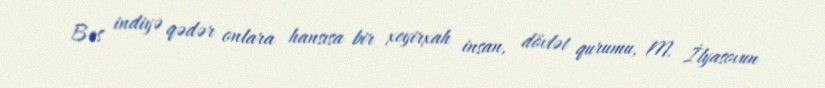
Bəs indiyə qədər onlara hansısa bir xeyirxah insan, dövlət qurumu, M. İlyasovun